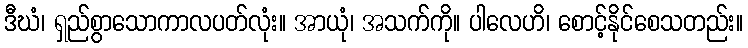
ဒီဃံ၊ ရှည်စွာသောကာလပတ်လုံး။ အာယုံ၊ အသက်ကို။ ပါလေဟိ၊ စောင့်နိုင်စေသတည်း။